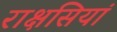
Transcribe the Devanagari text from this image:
राक्षसियां